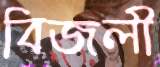
বিজলী